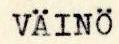
VÄINÖ